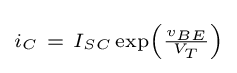
\scriptstyle i_{C}~=~I_{SC}\exp \left({\frac {v_{BE}}{V_{T}}}\right)